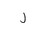
Letter: _lam